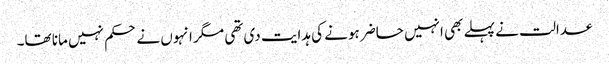
عدالت نے پہلے بھی انہیں حاضر ہونے کی ہدایت دی تھی مگر انہوں نے حکم نہیں مانا تھا۔